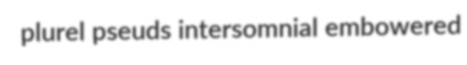
plurel pseuds intersomnial embowered